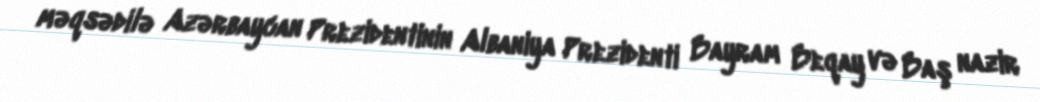
məqsədilə Azərbaycan Prezidentinin Albaniya Prezidenti Bayram Beqay və Baş nazir